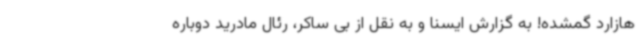
هازارد گمشده! به گزارش ایسنا و به نقل از بی ساکر، رئال مادرید دوباره